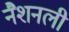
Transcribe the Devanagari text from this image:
नैशनली